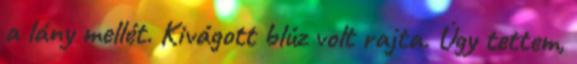
a lány mellét. Kivágott blúz volt rajta. Úgy tettem,